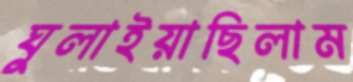
ঘুলাইয়াছিলাম